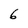
Character: 6